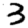
Digit: 3